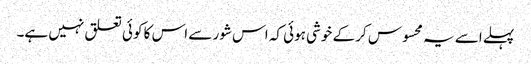
پہلے اسے یہ محسوس کر کے خوشی ہوئی کہ اس شور سے اس کا کوئی تعلق نہیں ہے۔